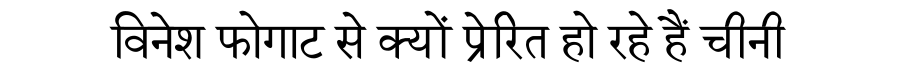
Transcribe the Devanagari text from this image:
विनेश फोगाट से क्यों प्रेरित हो रहे हैं चीनी